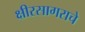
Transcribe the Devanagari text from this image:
क्षीरसागराचे